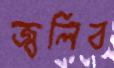
জ্বলিব